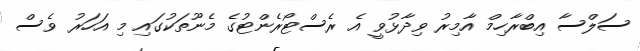
ސަލްސާ އިބްރާހިމް އާމިރު ވިދާޅުވީ އެ ރެސްޓޯރެންޓުގެ މެނޫތަކުގައި މި އަހަރު ވެސް